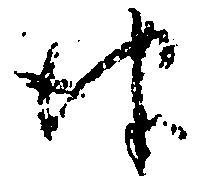
津